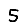
Digit: 5